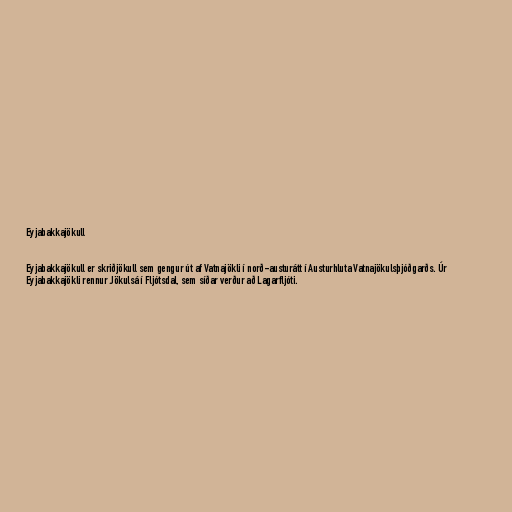
Eyjabakkajökull

Eyjabakkajökull er skriðjökull sem gengur út af Vatnajökli í norð-austurátt í Austurhluta Vatnajökulsþjóðgarðs. Úr
Eyjabakkajökli rennur Jökulsá í Fljótsdal, sem síðar verður að Lagarfljóti.